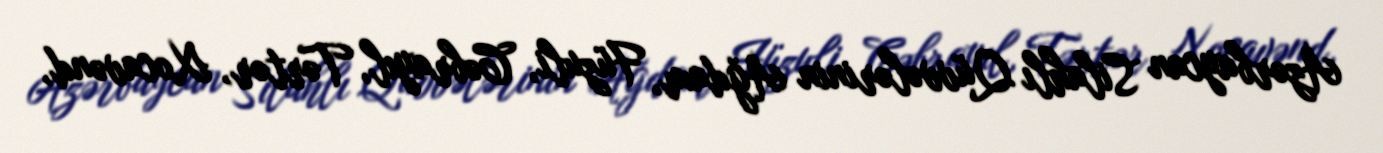
Azərbaycan Silahlı Qüvvələrinin Ağdam, Füzuli, Cəbrayıl, Tərtər, Xocavənd,